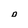
Character: D